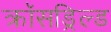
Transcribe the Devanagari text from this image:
क्रॉसड्रिल्ड